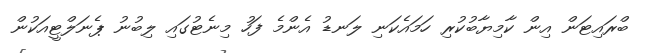
ބްރައިޓަން އިން ކާމިޔާބުކުރި ހަމައެކަނި ލަނޑު އެންމެ ފަހު މިނެޓުގައި ލިބުނު ޕެނަލްޓީއަކުން